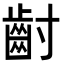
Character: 𮮿